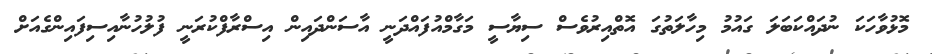
މޮޅުވާހަކަ ނުދައްކަބަލަ ގައުމު މިހާލަތުގަ އޮތްއިރުވެސް ސިޔާސީ މަގާމްއުފައްދަނީ އާސަންދައިން އިސްރާފްކުރަނީ ފުލުހުނާއިސިފައިންގެއަށް